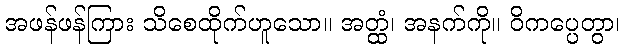
အဖန်ဖန်ကြား သိစေထိုက်ဟူသော။ အတ္ထံ၊ အနက်ကို။ ဝိကပ္ပေတွာ၊